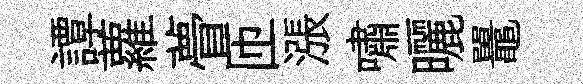
譚蘿瞢匝漲嘯曬鼉